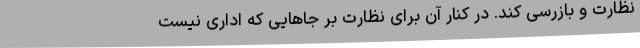
نظارت و بازرسی کند. در کنار آن برای نظارت بر جاهایی که اداری نیست